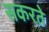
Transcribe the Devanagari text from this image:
सकरते